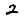
Digit: 2